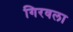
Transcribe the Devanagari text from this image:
गिरवला